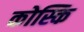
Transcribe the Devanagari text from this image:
कोस्कि